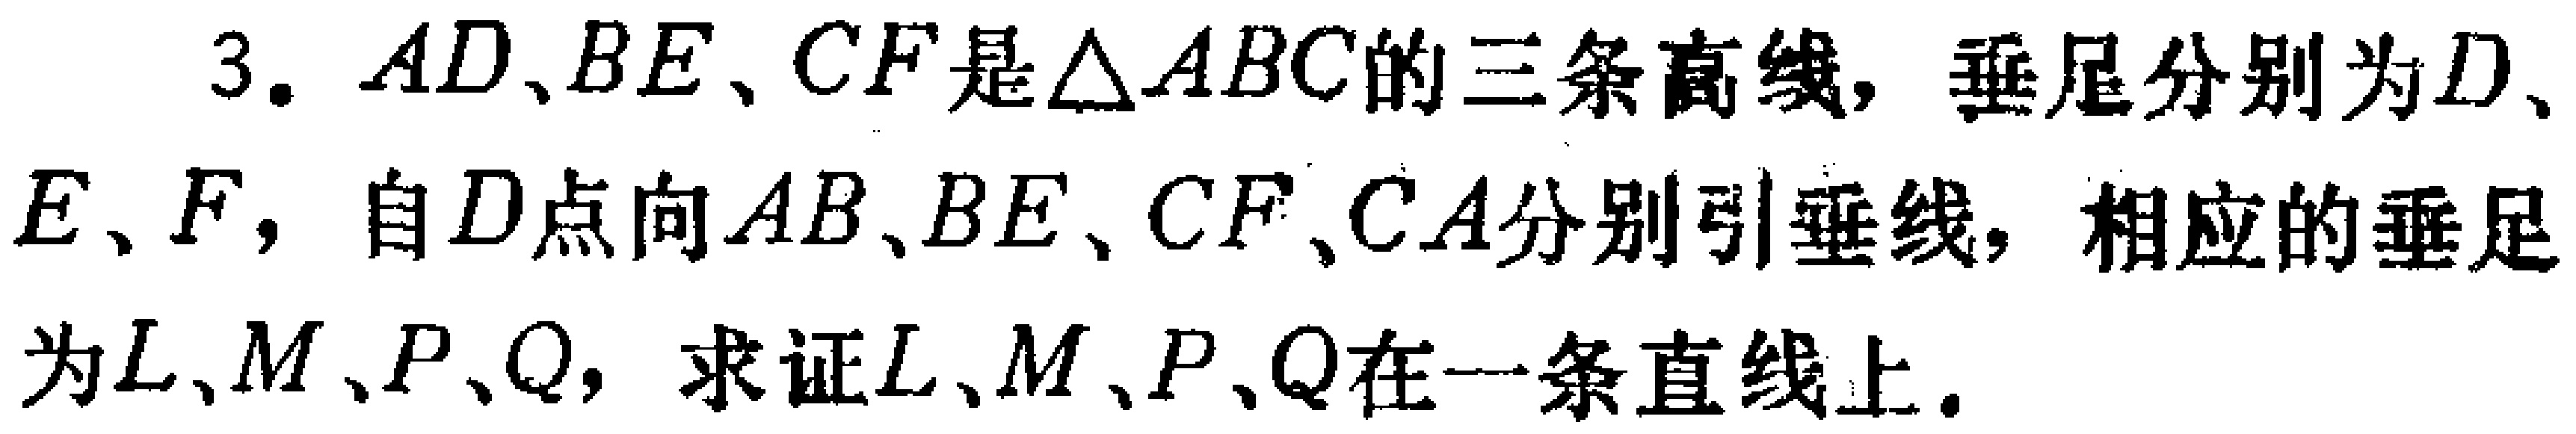
3. $AD、BE、CF$是$\triangle ABC$的三条高线，垂足分别为$D、E、F$，自$D$点向$AB、BE、CF、CA$分别引垂线，相应的垂足为$L、M、P、Q$，求证$L、M、P、Q$在一条直线上。